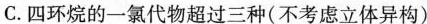
C.四环烷的一氯代物超过三种(不考虑立体异构)